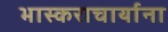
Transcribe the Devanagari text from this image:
भास्कराचार्याना